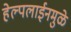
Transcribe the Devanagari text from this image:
हेल्पलाईनमुळे